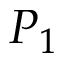
P _ { 1 }